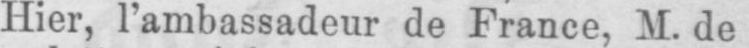
Hier, l’ambassadeur de France, M. de